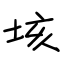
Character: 垓